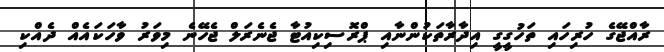
ރާއްޖޭގެ ހުރިހައި ތަހުގީގީ އިދާރާތަކުންނާއި ޕްރޮސިކިއުޓާ ޖެނެރަލް ޖެހޭނެ މިވަރު ވާހަކައެއް ދެއްކި